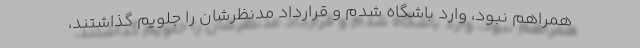
همراهم نبود، وارد باشگاه شدم و قرارداد مدنظرشان را جلویم گذاشتند،